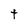
Character: t